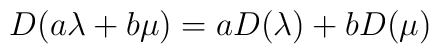
D(a\lambda+b\mu) = aD(\lambda) + bD(\mu)